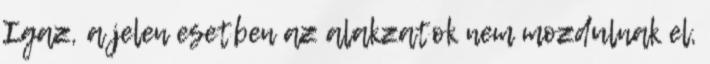
Igaz, a jelen esetben az alakzatok nem mozdulnak el,